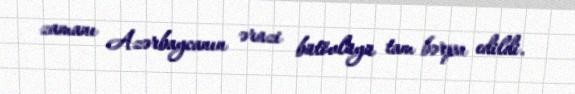
zamanı Azərbaycanın ərazi bütövlüyü tam bərpa edildi.